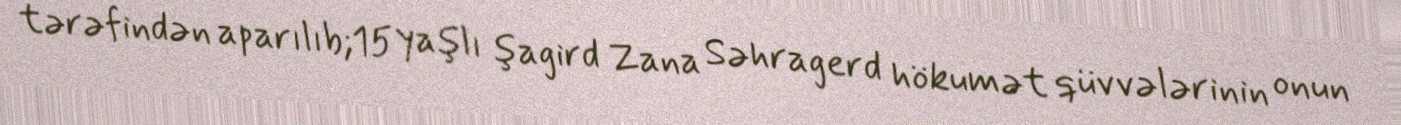
tərəfindən aparılıb;15 yaşlı şagird Zana Səhragerd hökumət qüvvələrinin onun